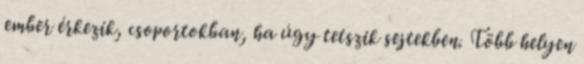
ember érkezik, csoportokban, ha úgy tetszik sejtekben. Több helyen